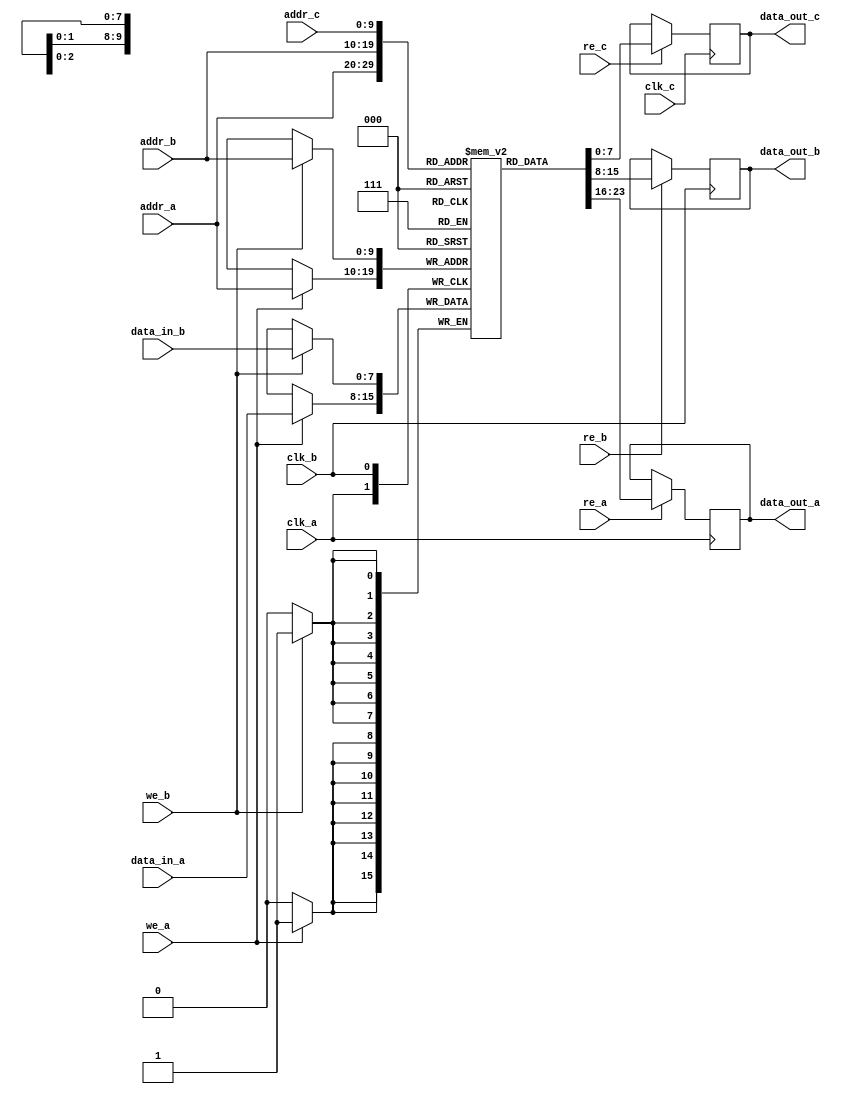
module triple_port_ram #(
    parameter DATA_WIDTH = 8,  // Width of the data bus
    parameter ADDR_WIDTH = 10,  // Width of the address bus
    parameter DEPTH = 1 << ADDR_WIDTH // Memory depth
)(
    // Port A
    input  wire                   clk_a,
    input  wire                   we_a,    // Write Enable for Port A
    input  wire                   re_a,    // Read Enable for Port A
    input  wire [ADDR_WIDTH-1:0] addr_a,  // Address for Port A
    input  wire [DATA_WIDTH-1:0] data_in_a, // Data input for Port A
    output reg  [DATA_WIDTH-1:0] data_out_a, // Data output for Port A

    // Port B
    input  wire                   clk_b,
    input  wire                   we_b,    // Write Enable for Port B
    input  wire                   re_b,    // Read Enable for Port B
    input  wire [ADDR_WIDTH-1:0] addr_b,  // Address for Port B
    input  wire [DATA_WIDTH-1:0] data_in_b, // Data input for Port B
    output reg  [DATA_WIDTH-1:0] data_out_b, // Data output for Port B

    // Port C
    input  wire                   clk_c,
    input  wire                   re_c,    // Read Enable for Port C
    input  wire [ADDR_WIDTH-1:0] addr_c,  // Address for Port C
    output reg  [DATA_WIDTH-1:0] data_out_c  // Data output for Port C
);

    // Memory array declaration
    reg [DATA_WIDTH-1:0] ram [0:DEPTH-1];

    // Port A operations
    always @(posedge clk_a) begin
        if (we_a) begin
            ram[addr_a] <= data_in_a; // Write operation
        end
        if (re_a) begin
            data_out_a <= ram[addr_a]; // Read operation
        end
    end

    // Port B operations
    always @(posedge clk_b) begin
        if (we_b) begin
            ram[addr_b] <= data_in_b; // Write operation
        end
        if (re_b) begin
            data_out_b <= ram[addr_b]; // Read operation
        end
    end

    // Port C operations
    always @(posedge clk_c) begin
        if (re_c) begin
            data_out_c <= ram[addr_c]; // Read operation
        end
    end

endmodule